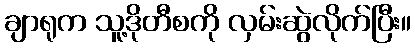
ချာရုက သူ့ဒိုတီစကို လှမ်းဆွဲလိုက်ပြီး။